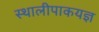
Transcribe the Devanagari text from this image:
स्थालीपाकयज्ञ